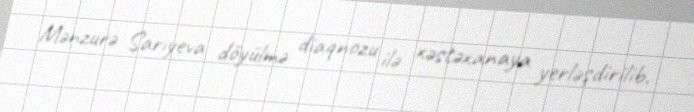
Mənzurə Sarıyeva döyülmə diaqnozu ilə xəstəxanaya yerləşdirilib.